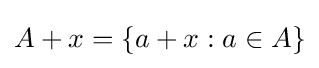
A+x=\{a+x:a\in A\}